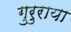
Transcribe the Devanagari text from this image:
गुरुराया